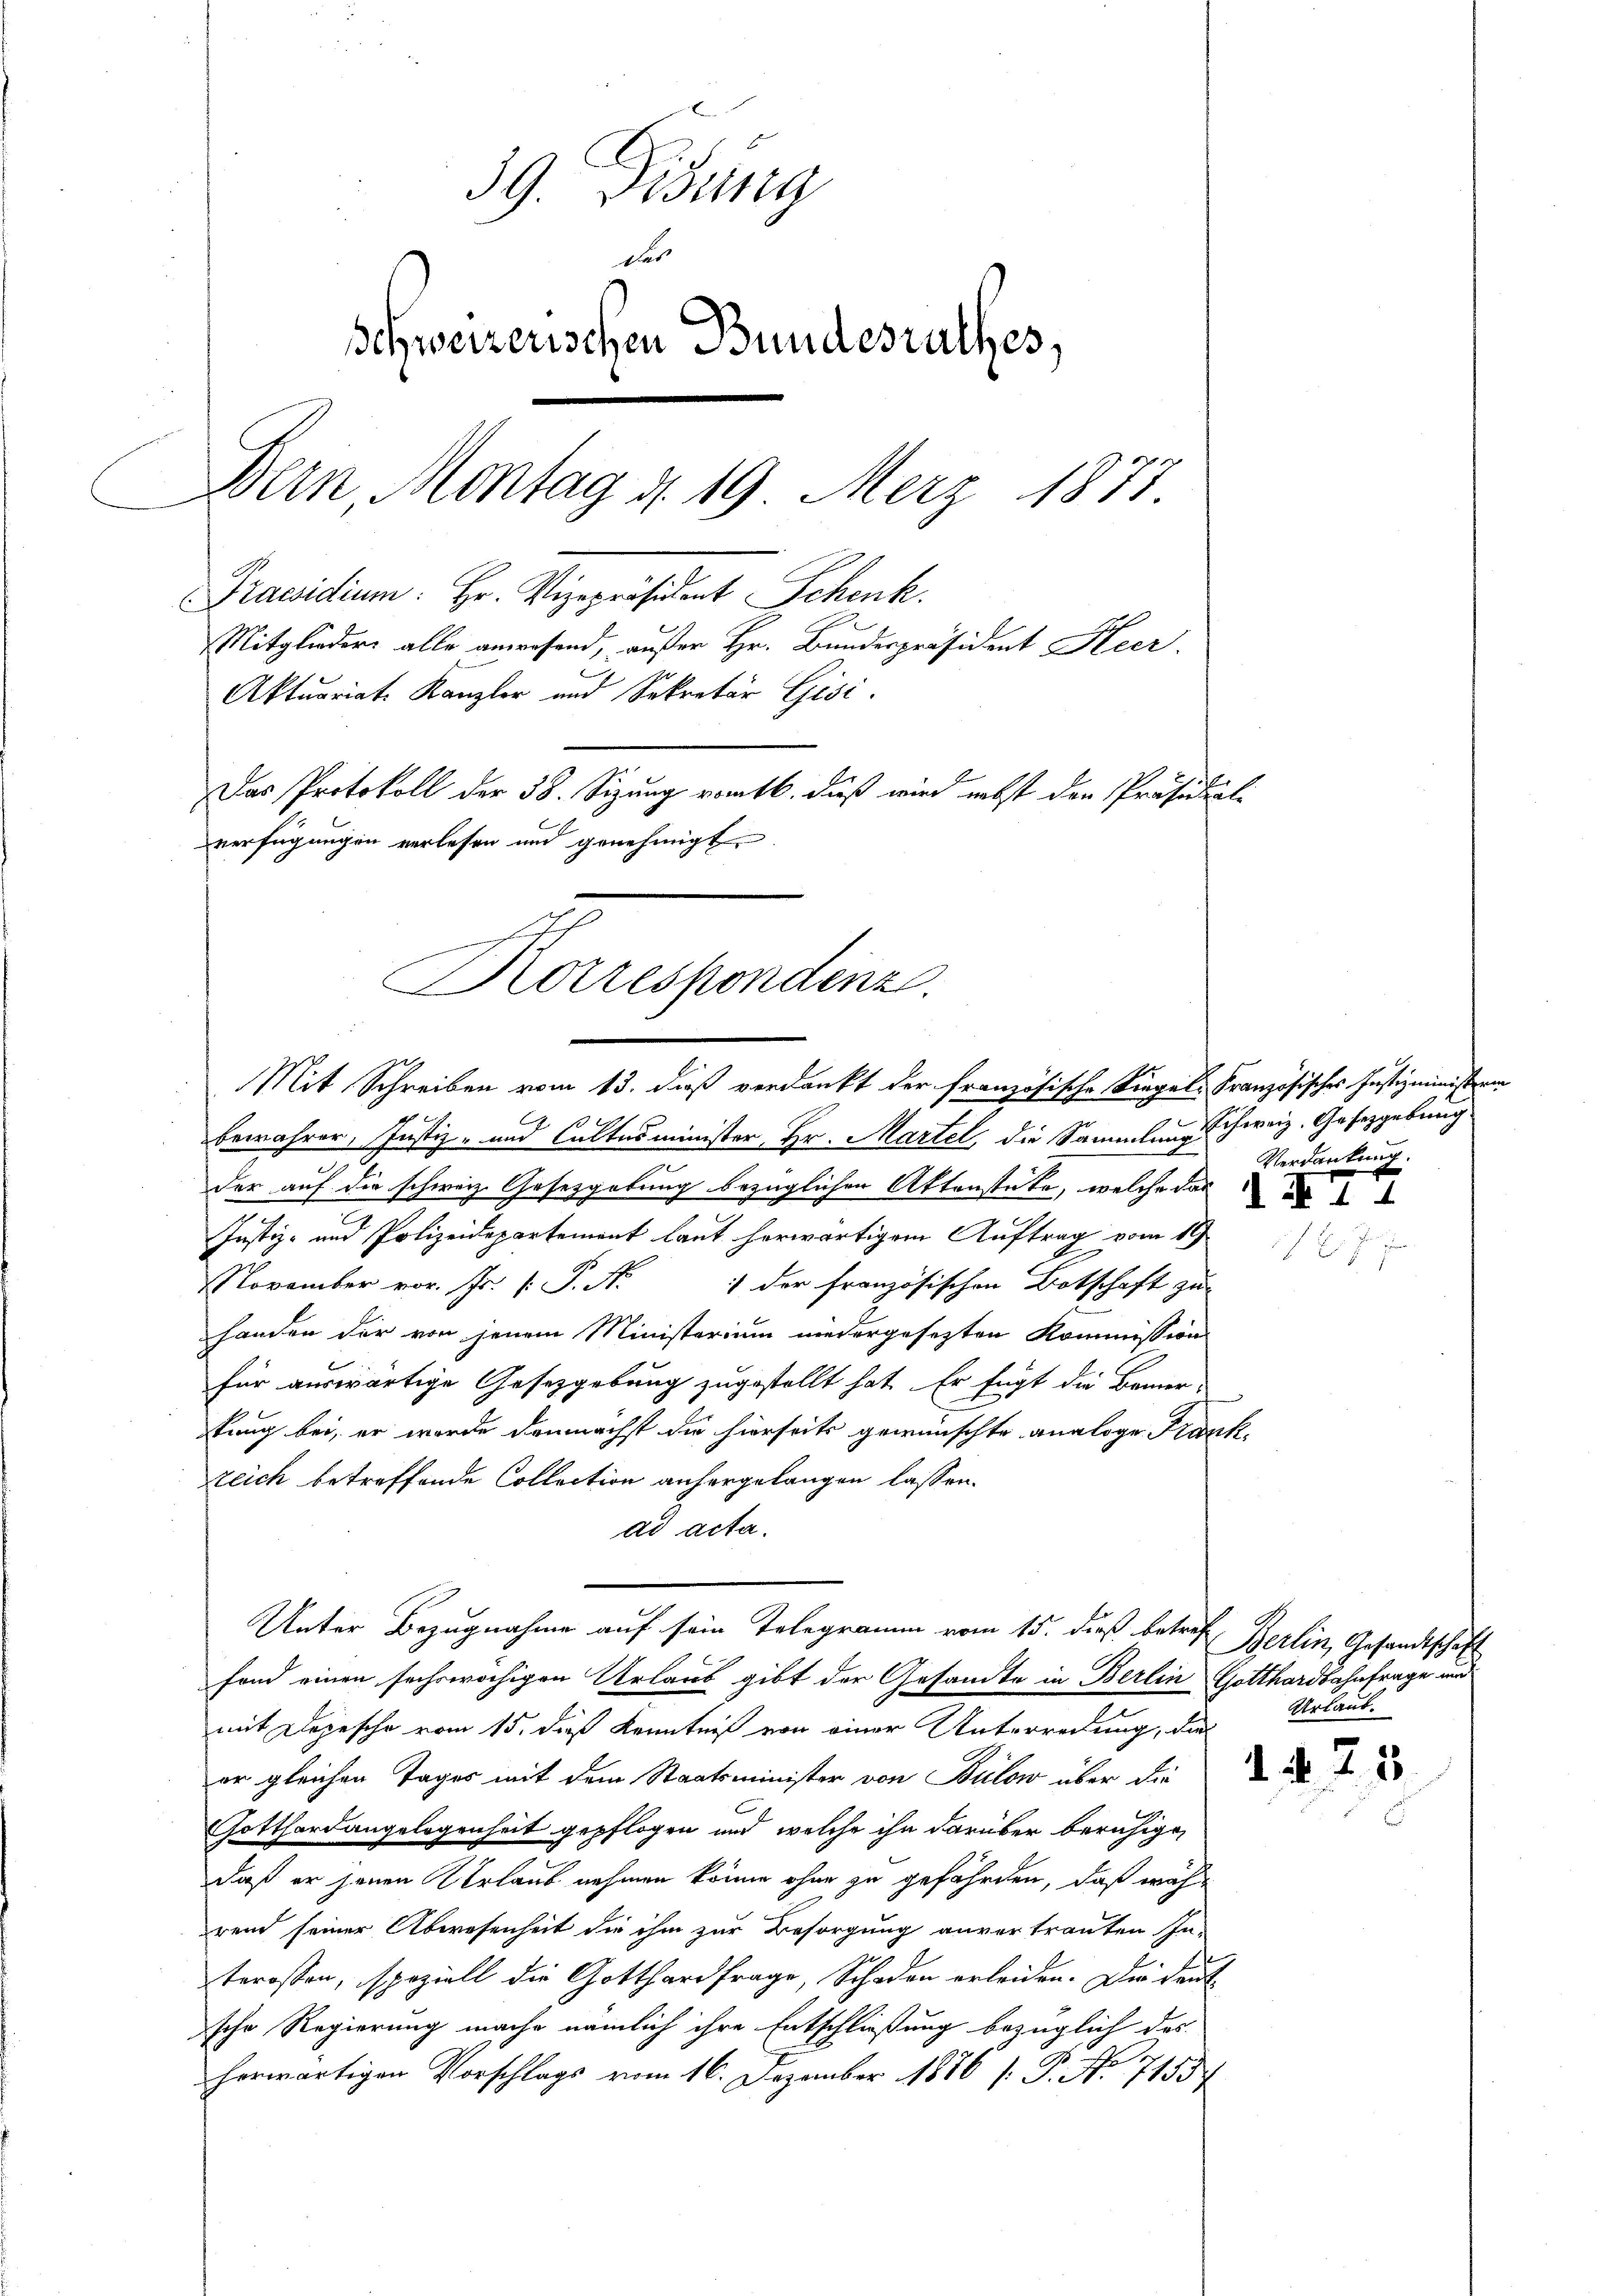
39. Disung
das
Schweizerischen Bundesrathes,
Dein Montag d. 19 Merz 1873.
Praesidium: Hr. Vizepräsident Schenk.
Mitgliedern alle anwesend, außer Hr. Bundespräsident Heer.
Aktuariate Kanzler und Sekretär Gisi
Das Protokoll der 38. Sizung vom 16. dieß wird nebst den Präsidial-
verfügungen verlesen und genehmigt.

.
otrespondenz.
Mit Schreiben vom 13. dieß verdankt der französische Siegels Französisches Justizministra

bewahrer, Justiz- und Cultusminister Hr. Martel, die Sammlung schweiz. Gesetzgebung
.
der auf die schweiz. Gesetzgebung bezüglichen Aktenstete, welche das
n
Justiz- und Polizeidepartemont laut herwärtigem Auftrag vom 18.
November vor. Js. k. P. Nr. 1 der französischen Botschaft zu
handen der von jenem Ministerium niedergesezten Kommission
für auswärtige Gesetzgebung zugestellt hat. Er fügt die Bemer-
kung bei, er wurde demnächst die hierseits gewünschte analoge Frank-
zeich betreffende Collection anhergelangen lassen.
ad acta.
fond einen sechswöchigen Urlaub gibt der Gesandte in Berlin Gotthardbahnfrage und
mit Depesche vom 15. dieß Kenntniß von einer Unterredung, die
er gleichen Tages mit dem Staatsminister von Bülow über die
Gotthardangelegenheit gepflogen und welche ihn darüber beruhigen
daß er jenen Verlaub nehmen könne ohne zu gefährden, daß während seiner Abwesenheit die ihm zur Besorgung anvertrauten In-
terossen, speziell die Gotthardfrage, Schaden erleiden. Die deut
sche Regierung mache nämlich ihre Entschließung bezüglich das
t
herwärtigen Vorschlags vom 16. Dezember 1886 [P. No 7155/

Unter Bezugnahme auf sein Telegramm vom 15. dieß betre

Verdankung.

Berlin, Gesandtschäft
Urlaub.

1. d. 25.